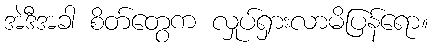
အဲဒီအခါ စိတ်တွေက လှုပ်ရှားလာမိပြန်ရော။